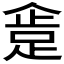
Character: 𰸍